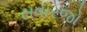
સવારજો